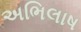
અભિલાષ